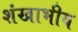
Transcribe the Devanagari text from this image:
शंखाभीय